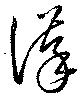
謹